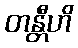
တန္တီဟိ